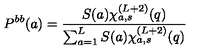
P ^ { b b } ( a ) = \frac { S ( a ) \chi _ { a , s } ^ { ( L + 2 ) } ( q ) } { \sum _ { a = 1 } ^ { L } S ( a ) \chi _ { a , s } ^ { ( L + 2 ) } ( q ) }